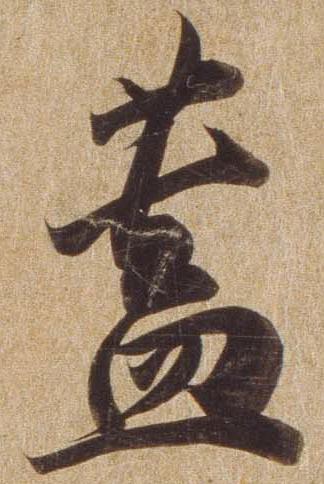
蓋